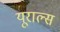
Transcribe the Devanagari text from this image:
यूराल्स